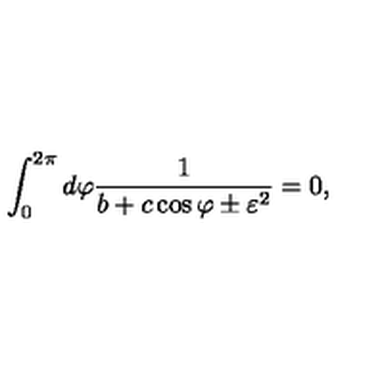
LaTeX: \int _ { 0 } ^ { 2 \pi } d \varphi \frac { 1 } { b + c \cos \varphi \pm \varepsilon ^ { 2 } } = 0 ,